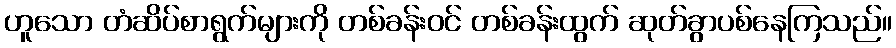
ဟူသော တံဆိပ်စာရွက်များကို တစ်ခန်းဝင် တစ်ခန်းထွက် ဆုတ်ခွာပစ်နေကြသည်။